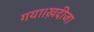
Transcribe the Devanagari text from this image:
गया।ख़दीजा